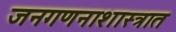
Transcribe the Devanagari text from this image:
जनगणनाशास्त्रात